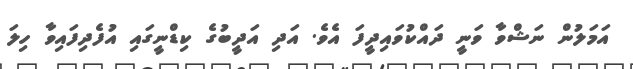
އަމަލުން ނަޝްވާ ވަނީ ދައްކުވައިދީފަ އެވެ. އަދި އަދީބުގެ ކިޑްނީގައި އުފެދިފައިވާ ހިލަ